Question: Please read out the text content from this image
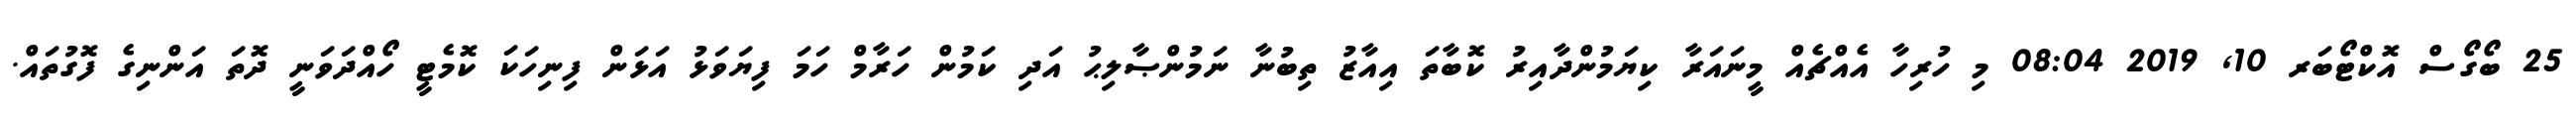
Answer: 25 ބޯގޯސް އޮކްޓޯބަރ 10, 2019 08:04 މި ހުރިހާ އެއްޗެއް މީނައަރާ ކިޔަމުންދާއިރު ކޮބާތަ އިއާޒު ތިބުނާ ނަމުންޞާލިޙު އަދި ކަމުން ހަރާމް ހަމަ ފިޔަވަޅު އަޅަން ފިނިހަކަ ކޮމެޓީ ހޯއްދަވަނީ ދޮތަ އަންނިގެ ފޮގުތައް.